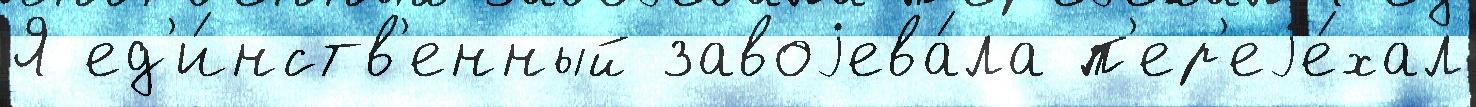
Я ед'и́нств'енный завоjева́ла п'ер'еjе́хал